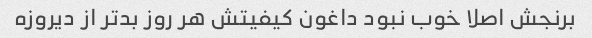
برنجش اصلا خوب نبود داغون کیفیتش هر روز بد‌تر از دیروزه